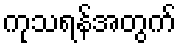
ကုသရန်အတွက်